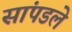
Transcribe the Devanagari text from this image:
सांपडले